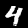
Label: 4